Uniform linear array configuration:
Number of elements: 8
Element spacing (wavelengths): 0.25
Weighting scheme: binomial
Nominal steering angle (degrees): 45
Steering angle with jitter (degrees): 44.086
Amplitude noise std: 0.05
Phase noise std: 0.05

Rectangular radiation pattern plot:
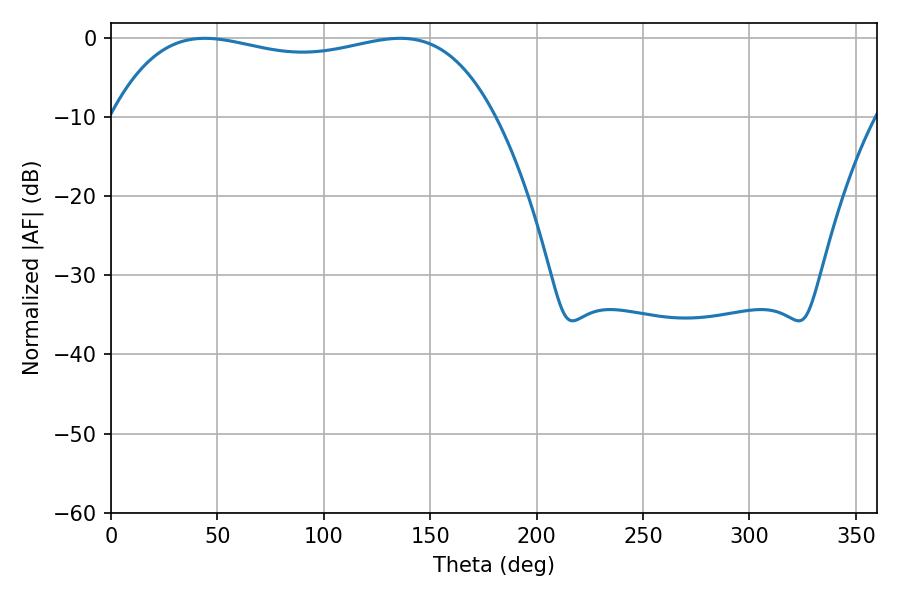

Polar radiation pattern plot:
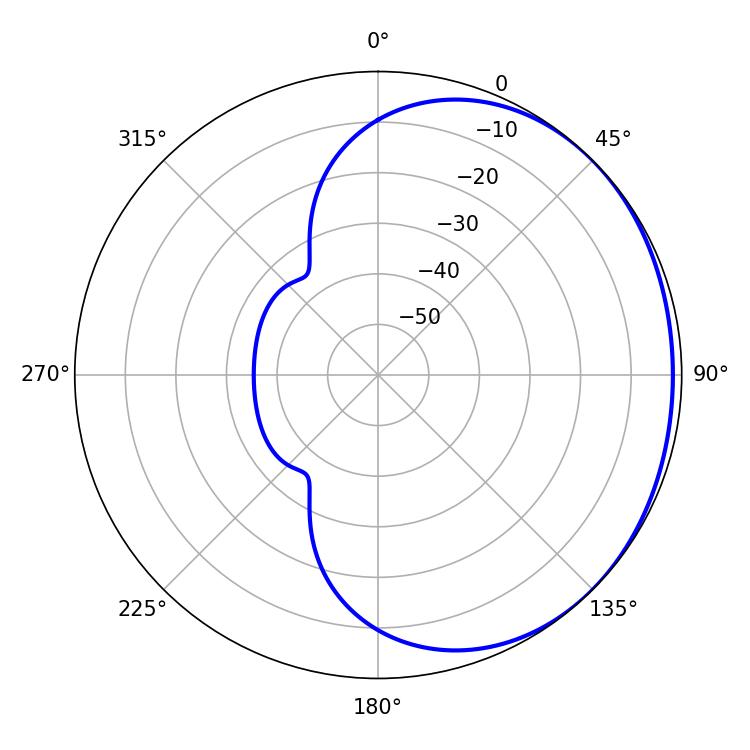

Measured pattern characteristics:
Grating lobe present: FALSE
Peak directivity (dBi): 0.9908
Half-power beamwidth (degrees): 145.08
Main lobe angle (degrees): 44.1